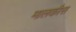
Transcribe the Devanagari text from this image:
मालकौस